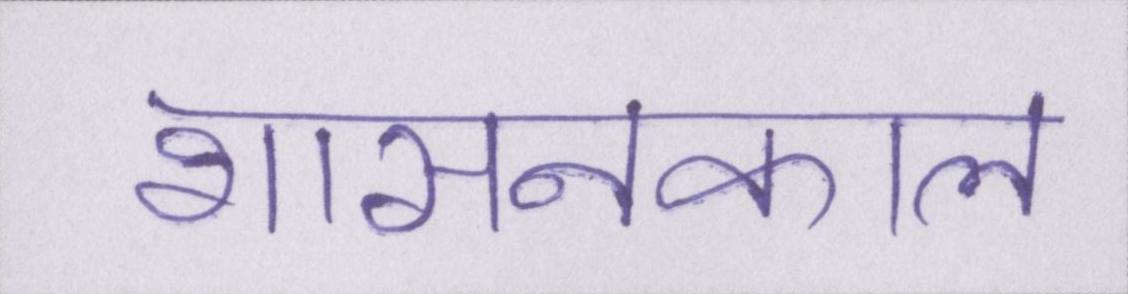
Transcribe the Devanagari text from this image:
शासनकाल